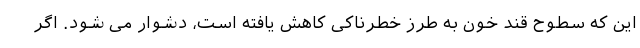
این که سطوح قند خون به طرز خطرناکی کاهش یافته است، دشوار می شود. اگر